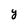
Character: Y